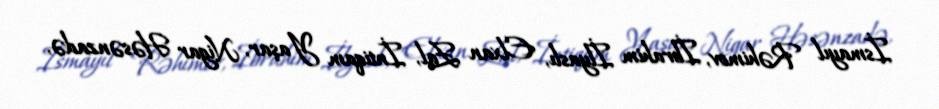
İsmayıl Rəhimov, İbrahim İlyaslı, Elxan Zal, İntiqam Yaşar, Nigar Həsənzadə,